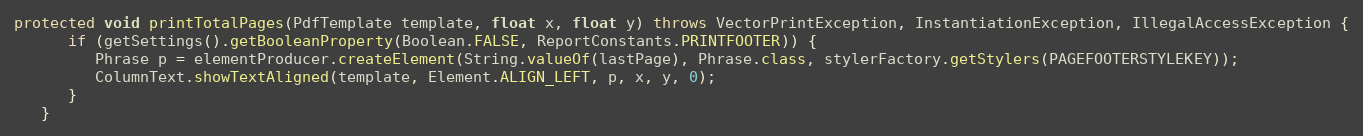
Language: Java
protected void printTotalPages(PdfTemplate template, float x, float y) throws VectorPrintException, InstantiationException, IllegalAccessException {
      if (getSettings().getBooleanProperty(Boolean.FALSE, ReportConstants.PRINTFOOTER)) {
         Phrase p = elementProducer.createElement(String.valueOf(lastPage), Phrase.class, stylerFactory.getStylers(PAGEFOOTERSTYLEKEY));
         ColumnText.showTextAligned(template, Element.ALIGN_LEFT, p, x, y, 0);
      }
   }